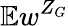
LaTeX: \mathbb{E}w^{Z_{G}}